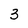
Character: 3